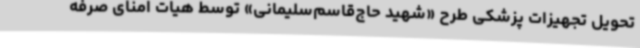
تحویل تجهیزات پزشکی طرح «شهید حاج‌قاسم‌سلیمانی» توسط هیات امنای صرفه